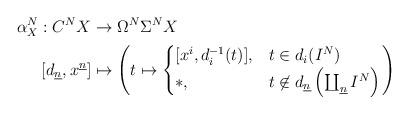
LaTeX: \begin{align*} \alpha^N_X:C^NX&\rightarrow \Omega^N \Sigma^N X\\ \left[d_{\underline{n}},x^{\underline{n}}\right]&\mapsto \left(t\mapsto\begin{cases} [x^i,d_i^{-1}(t)],&t\in d_i(I^N)\\ \ast,&t\not\in d_{\underline n}\left(\coprod_{\underline n}I^N\right) \end{cases}\right)\end{align*}